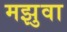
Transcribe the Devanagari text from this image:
मझुवा